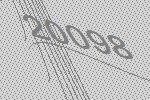
20098